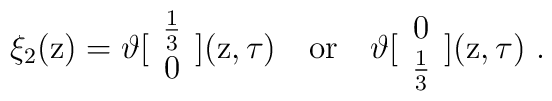
\xi_2 ( {\rm z} ) = \vartheta [ \begin{array}{c} \frac{1}{3} \\ 0\end{array} ] ( {\rm z} , \tau ) \ \ \ \mbox{or\ }\ \ \vartheta [ \begin{array}{c} 0 \\ \frac{1}{3}\end{array} ] ( {\rm z} , \tau ) \ .